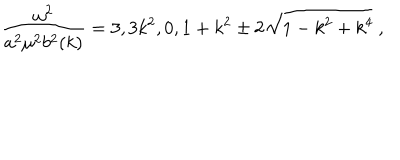
LaTeX: \frac { \omega ^ { 2 } } { a ^ { 2 } \mu ^ { 2 } b ^ { 2 } ( k ) } = 3 , 3 k ^ { 2 } , 0 , 1 + k ^ { 2 } \pm 2 \sqrt { 1 - k ^ { 2 } + k ^ { 4 } } ~ ,